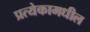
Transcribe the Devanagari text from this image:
प्रत्येकामधील